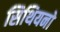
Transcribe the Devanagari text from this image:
सिथियनो